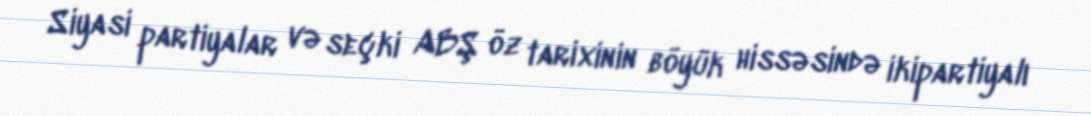
Siyasi partiyalar və seçki ABŞ öz tarixinin böyük hissəsində ikipartiyalı